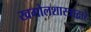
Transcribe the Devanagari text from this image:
खगोलशास्त्राद्वारे